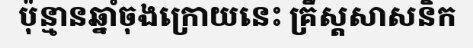
ប៉ុន្មានឆ្នាំចុងក្រោយនេះ គ្រឹស្តសាសនិក